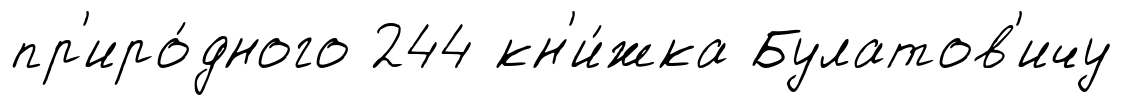
пр'иро́дного 244 кн'и́жка Булатов'ичу